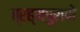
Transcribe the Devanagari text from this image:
ब्रह्मपुराणे